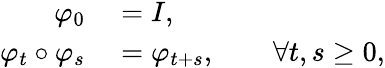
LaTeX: \begin{array}{rl}{\varphi_{0}}&{{}=I,}\\ {\varphi_{t}\circ\varphi_{s}}&{{}=\varphi_{t+s},\qquad\forall t,s\geq 0,}\end{array}